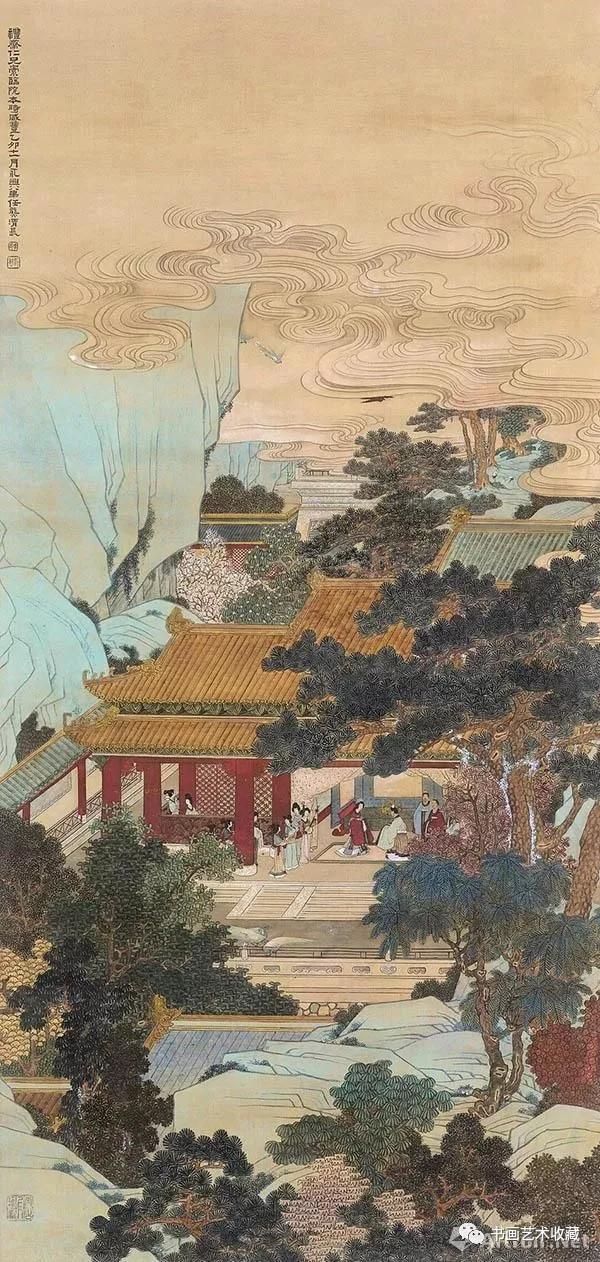
偶应非熊兆，尊为帝者师。